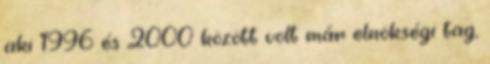
aki 1996 és 2000 között volt már elnökségi tag,